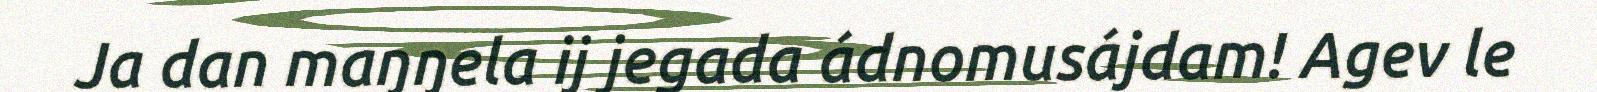
Ja dan maŋŋela ij jegada ádnomusájdam! Agev le